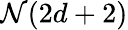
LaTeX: \mathcal{N}(2d+2)